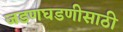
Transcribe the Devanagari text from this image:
जडणघडणीसाठी